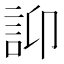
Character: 𧥴